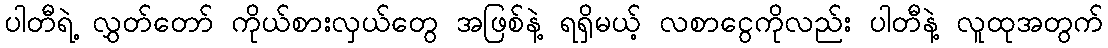
ပါတီရဲ့ လွှတ်တော် ကိုယ်စားလှယ်တွေ အဖြစ်နဲ့ ရရှိမယ့် လစာငွေကိုလည်း ပါတီနဲ့ လူထုအတွက်